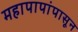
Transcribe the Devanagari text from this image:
महापापांपासून